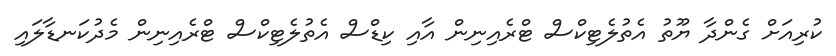
ކުރިއަށް ގެންދާ ޔޫތު އެތުލެޓިކްސް ޓްރެއިނިން އާއި ކިޑްސް އެތުލެޓިކްސް ޓްރެއިނިން މެދުކަނޑާލައި